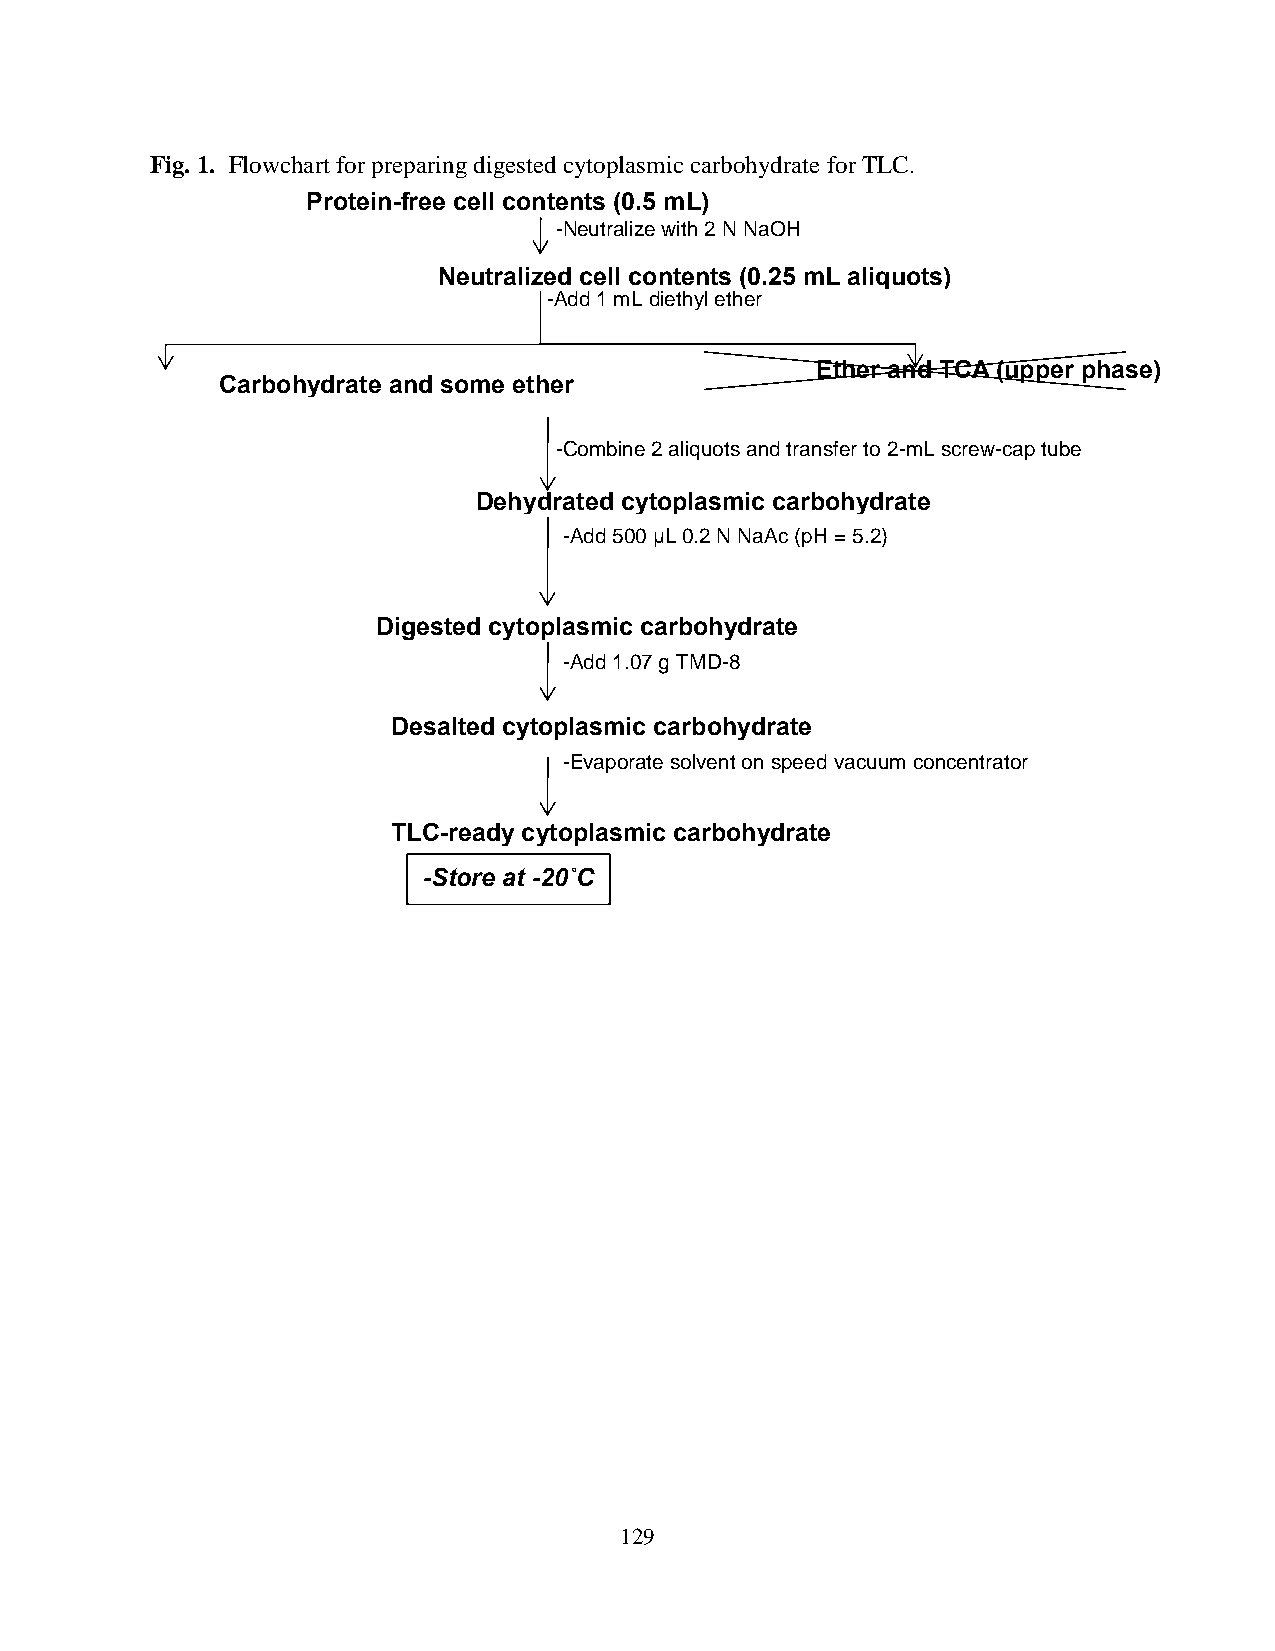
Fig. 1. Flowchart for preparing digested cytoplasmic carbohydrate for TLC.
 Protein-free cell contents (0.5 mL)
 -Neutralize with 2 N NaOH
 -Transfer 0.25 mL aliquots to two, 2-mL snap-cap tube
 Neutralized cell contents (0.25 mL aliquots)
 -Add 1 mL diethyl ether
 -Centrifuge at 13 000 g for 5 min at RT
 Ether and TCA (upper phase)
 Carbohydrate and some ether
 (lower phase)
 -Combine 2 aliquots and transfer to 2-mL screw-cap tube
 -Evaporate solvent on speed vacuum concentrator
 Dehydrated cytoplasmic carbohydrate
 -Add 500 μL 0.2 N NaAc (pH = 5.2)
 -Add 28 μL 100-fold dilution amyloglucosidase
 Digested cytoplasmic carbohydrate
 -Add 1.07 g TMD-8
 -Transfer 200 μL to 1.5 mL snap-cap tube
 Desalted cytoplasmic carbohydrate
 -Evaporate solvent on speed vacuum concentrator
 -Resuspend in 50 μL dH O
 TLC-ready cytoplasmic carbohydrate
 -Store at -20˚C
 129